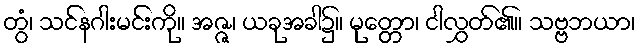
တွံ၊ သင်နဂါးမင်းကို။ အဇ္ဇ၊ ယခုအခါ၌။ မုတ္တော၊ ငါလွှတ်၏။ သဗ္ဗဘယာ၊